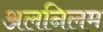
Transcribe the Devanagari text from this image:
अलनिलम